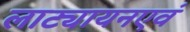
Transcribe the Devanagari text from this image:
लाट्यायनएवं